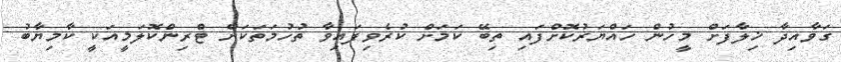
ގަވާއިދާ ޚިލާފަށް މީހުން ހައްޔަރުކޮށްފައި ތިބޭ ކަމަށް ކުރެވިފައިވާ ތުހުމަތަކަށް ޓްރިންކޮލަމީއަކީ ކާމިޔާބު